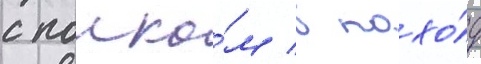
с полко́м в похо́д